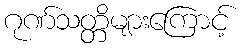
ဂုဏ်သတ္တိများကြောင့်